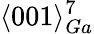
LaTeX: \langle 001\rangle_{Ga}^{7}